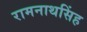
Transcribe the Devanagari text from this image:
रामनाथसिंह